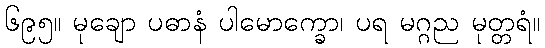
၆၉၅။ မုချော ပဓာနံ ပါမောက္ခော၊ ပရ မဂ္ဂည မုတ္တရံ။